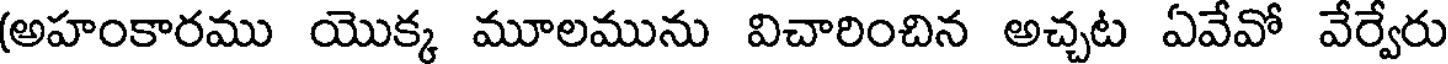
(అహంకారము యొక్క మూలమును విచారించిన అచ్చట ఏవేవో వేర్వేరు